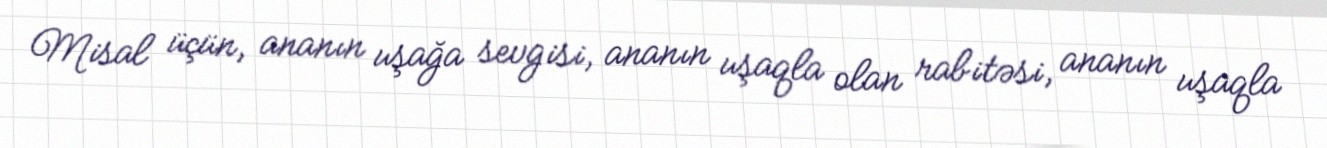
Misal üçün, ananın uşağa sevgisi, ananın uşaqla olan rabitəsi, ananın uşaqla